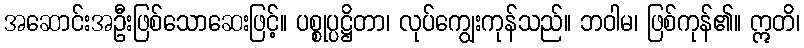
အဆောင်းအဦးဖြစ်သောဆေးဖြင့်။ ပစ္စုပ္ပဋ္ဌိတာ၊ လုပ်ကျွေးကုန်သည်။ ဘဝါမ၊ ဖြစ်ကုန်၏။ ဣတိ၊